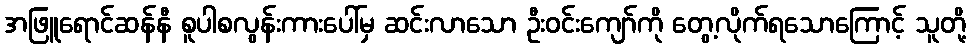
အဖြူရောင်ဆန်နီ စူပါစလွန်းကားပေါ်မှ ဆင်းလာသော ဦးဝင်းကျော်ကို တွေ့လိုက်ရသောကြောင့် သူတို့